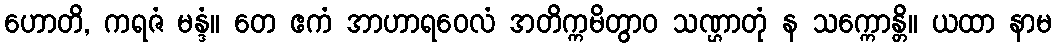
ဟောတိ, ကရဇံ မန္ဒံ။ တေ ဧကံ အာဟာရဝေလံ အတိက္ကမိတွာဝ သဏ္ဌာတုံ န သက္ကောန္တိ။ ယထာ နာမ